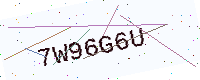
Text: 7W96G6U